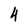
Character: 4